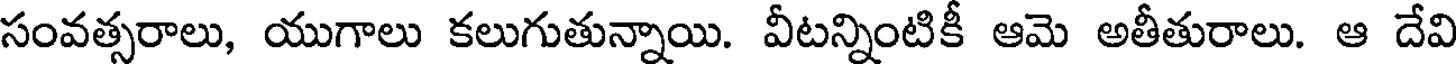
సంవత్సరాలు, యుగాలు కలుగుతున్నాయి. వీటన్నింటికీ ఆమె అతీతురాలు. ఆ దేవి